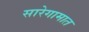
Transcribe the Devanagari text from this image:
सारेगामात